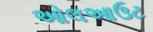
ઓલઆઉટ